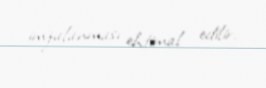
imzalanması ehtimal edilir.